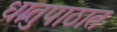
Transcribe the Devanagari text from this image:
धातुपाठात